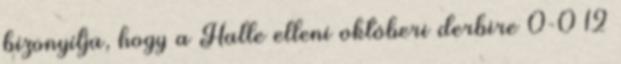
bizonyítja, hogy a Halle elleni októberi derbire 0-0 12